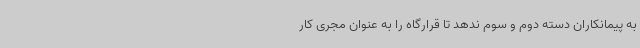
به پیمانکاران دسته دوم و سوم ندهد تا قرارگاه را به عنوان مجری کار